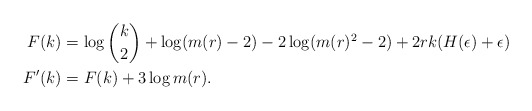
\begin{align*}F(k)&=\log {k\choose 2} + \log(m(r)-2) - 2\log(m(r)^2-2) +2rk(H(\epsilon)+\epsilon) \\F'(k) &= F(k) +3\log m(r).\end{align*}